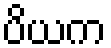
ပိယက